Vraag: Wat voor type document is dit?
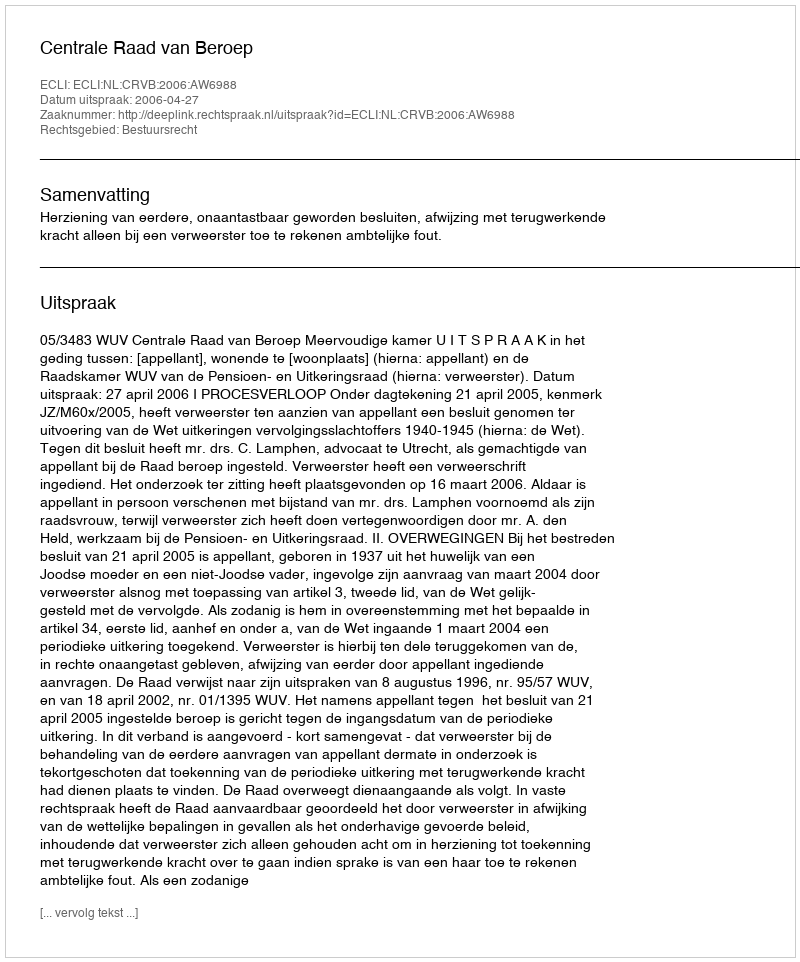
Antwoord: Uitspraak